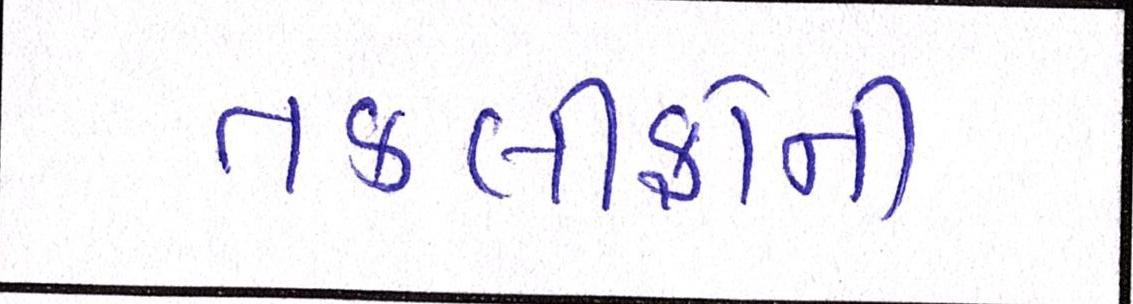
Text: તકલીફોની